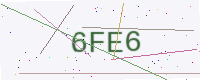
Text: 6FE6